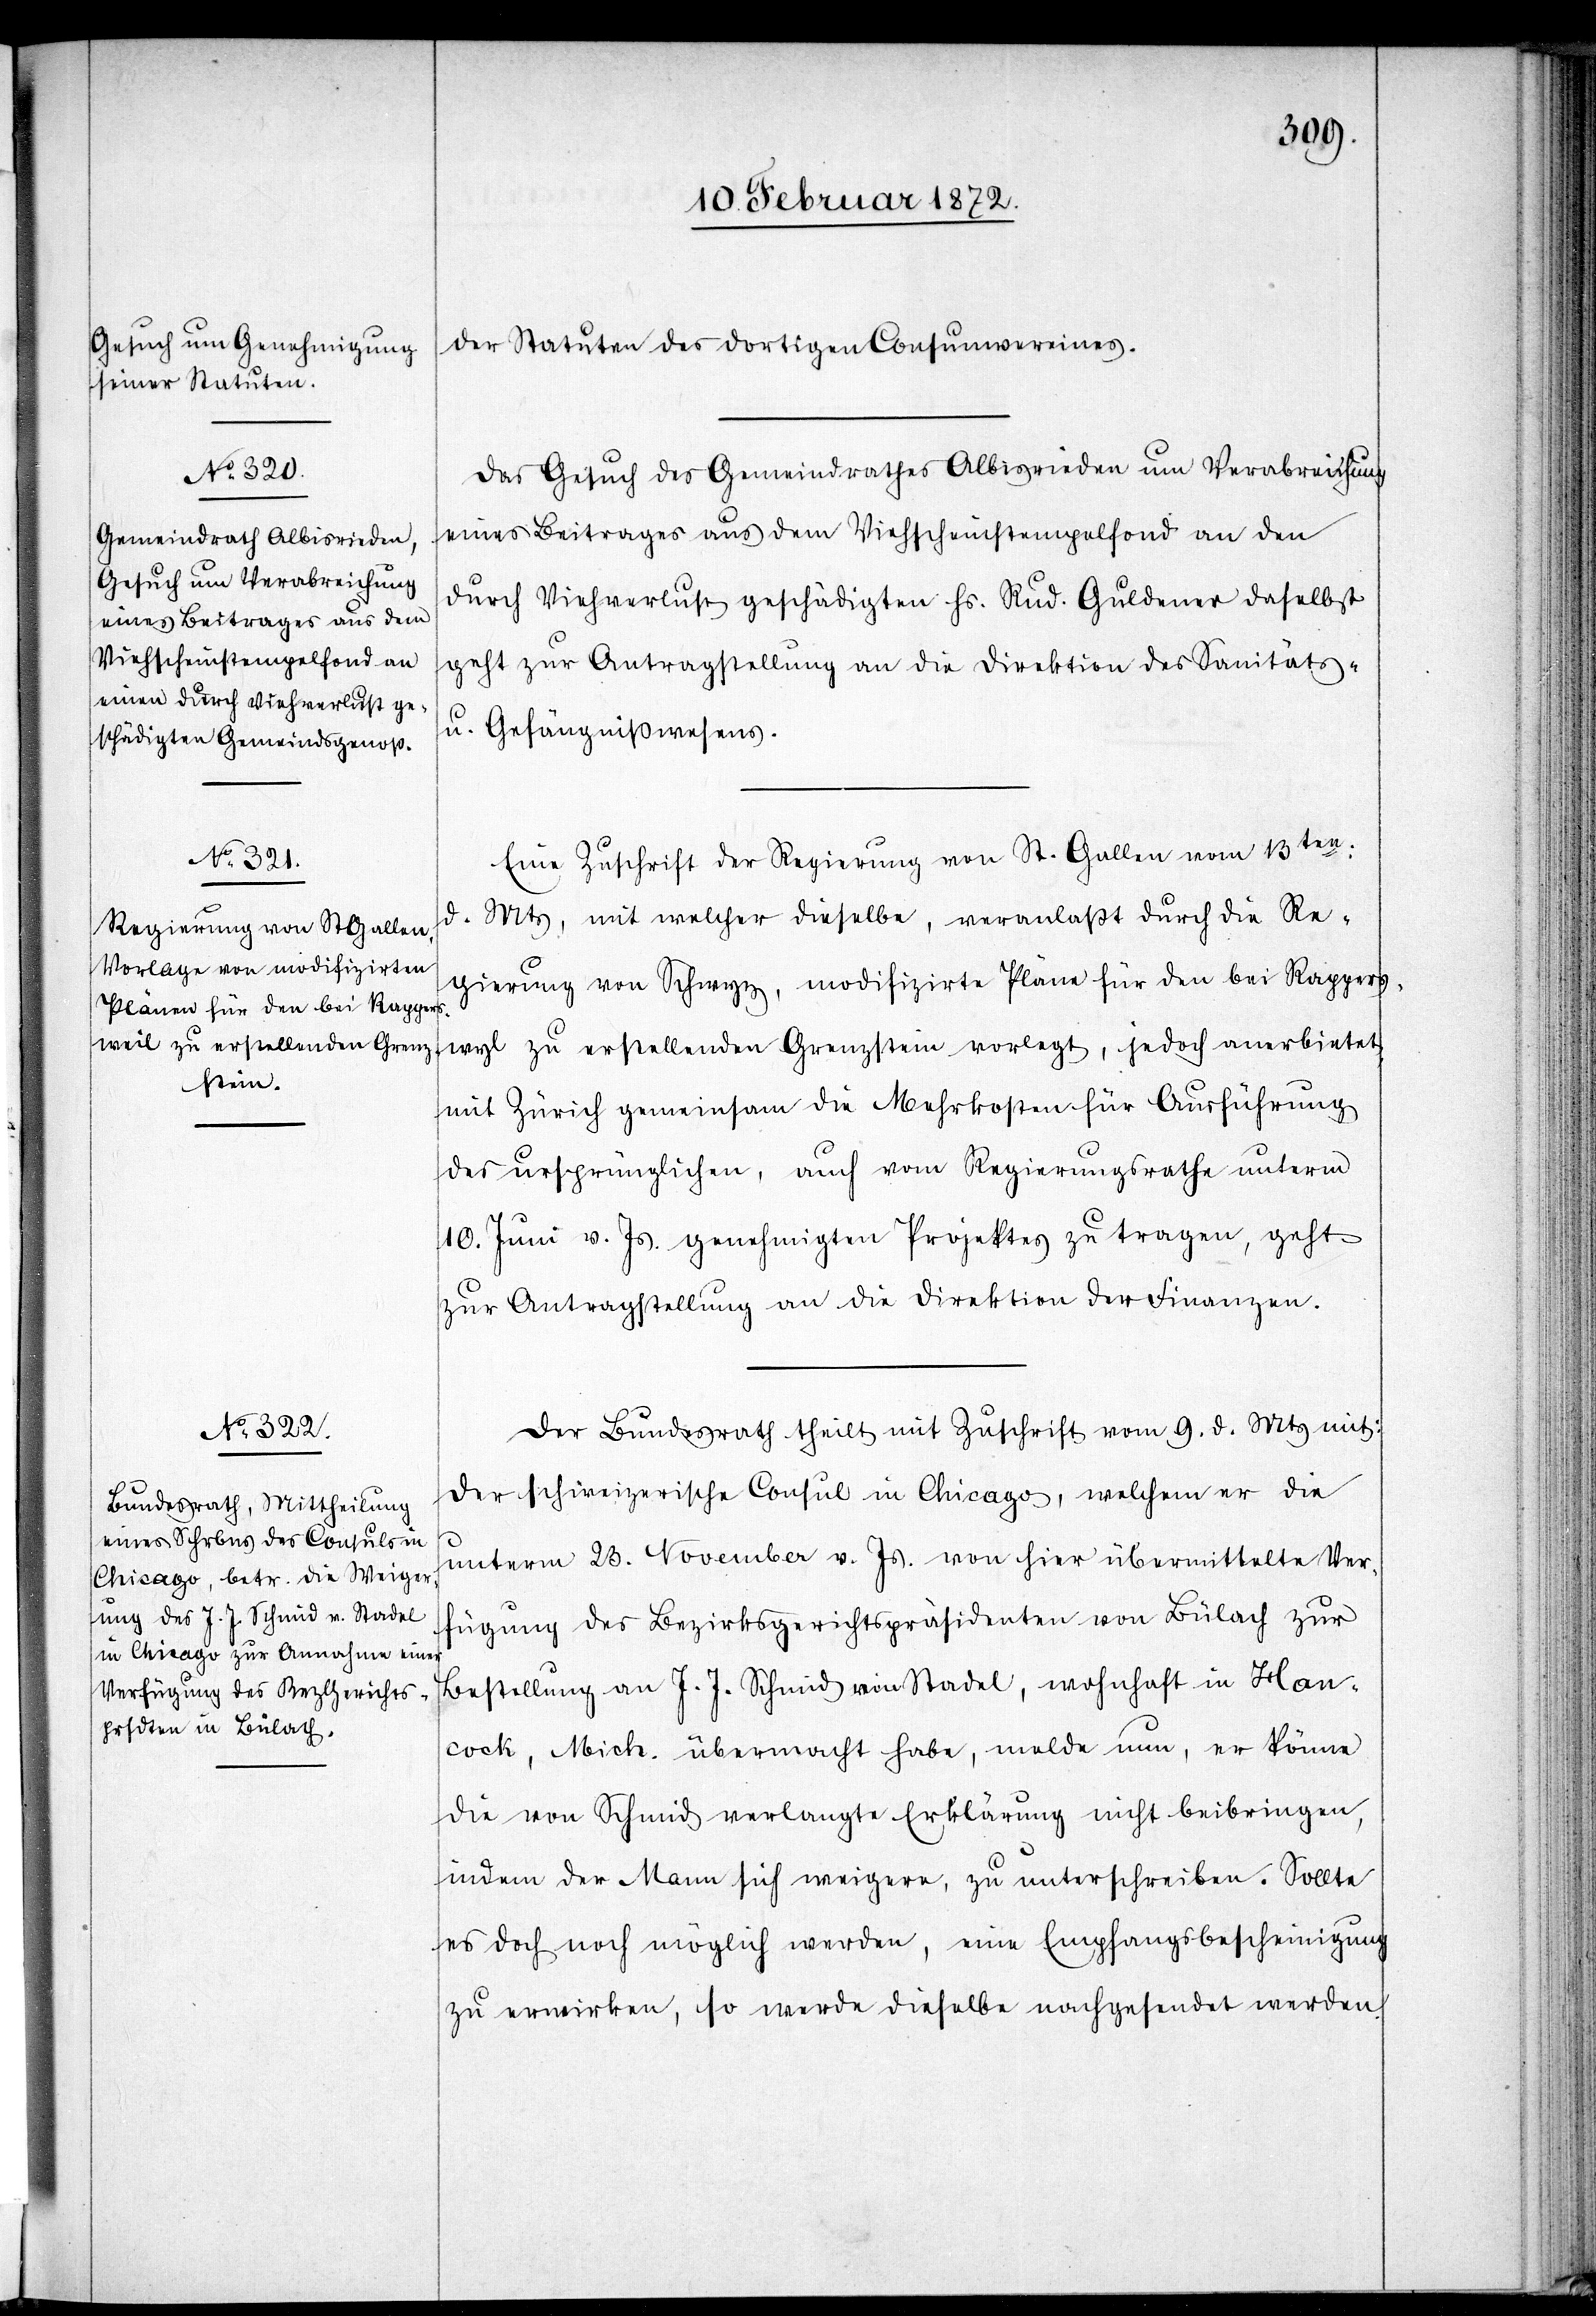
der Statuten des dortigen Consumvereines.
Das Gesuch des Gemeindrathes Albisrieden um Verabreichung
eines Beitrages aus dem Viehscheinstempelfond an den
durch Viehverlust geschädigten Hs. Rud. Guldener daselbst
geht zur Antragstellung an die Direktion des Sanitäts-
u. Gefängnißwesens.
Eine Zuschrift der Regierung vom St. Gallen vom 13ten
d.
Mts, mit welcher dieselbe, veranlaßt durch die Re¬
gierung von Schwyz, modifizirte Pläne für den bei Rappers¬
wyl zu erstellenden Grenzstein vorlegt, jedoch anerbietet,
mit Zürich gemeinsam die Mehrkosten für Ausführung
des ursprünglichen, auch vom Regierungsrathe unterm
10. Juni v. Js. genehmigten Projektes zu tragen, geht
zur Antragsstellung an die Direktion der Finanzen.
Der Bundesrath theilt mit Zuschrift vom 9. d. Mts mit:
Der schweizerische Consul in Chicago, welchem er die
unterm 23. November v. Js. von hier übermittelte Ver¬
fügung des Bezirksgerichtspräsidenten von Bülach zur
Bestellung an J. J. Schmid von Stadel, wohnhaft in Han¬
cock, Mich. übermacht habe, melde nun, er könne
die von Schmid verlangte Erklärung nicht beibringen,
indem der Mann sich weigere, zu unterschreiben. Sollte
es doch noch möglich werden, eine Empfangsbescheinigung
zu erwirken, so werde dieselbe nachgesendet werden.